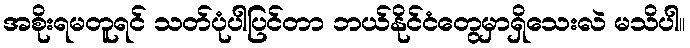
အစိုးရမတူရင် သတ်ပုံပါပြင်တာ ဘယ်နိုင်ငံတွေမှာရှိသေးလဲ မသိပါ။